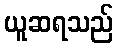
ယူဆရသည်